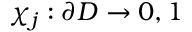
\chi _ { j } : \partial D \rightarrow { 0 , 1 }